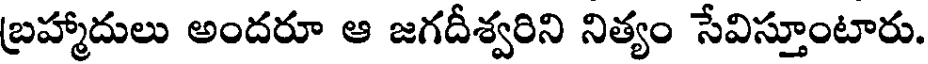
బ్రహ్మాదులు అందరూ ఆ జగదీశ్వరిని నిత్యం సేవిస్తూంటారు.